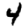
Digit: 4